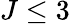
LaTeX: J\le 3